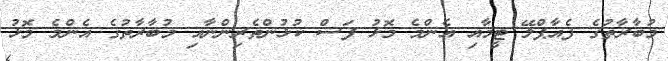
މުބާރާތުގެ ފެއާޕްލޭ ޓީމާއި އެންމެ މޮޅު ފަސް ކުޅުންތެރިންނާއި މުބާރާތުގެ އެންމެ މޮޅު